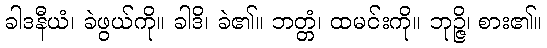
ခါဒနီယံ၊ ခဲဖွယ်ကို။ ခါဒိ၊ ခဲ၏။ ဘတ္တံ၊ ထမင်းကို။ ဘုဉ္ဇိ၊ စား၏။